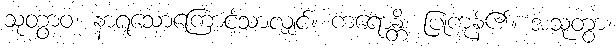
သုတွာဝ၊ နာရသောကြောင့်သာလျှင်။ ကရောန္တိ၊ ပြုကုန်၏။ အသုတွာ၊